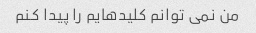
من نمی توانم کلیدهایم را پیدا کنم